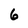
Character: 6